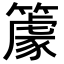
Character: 𥴧